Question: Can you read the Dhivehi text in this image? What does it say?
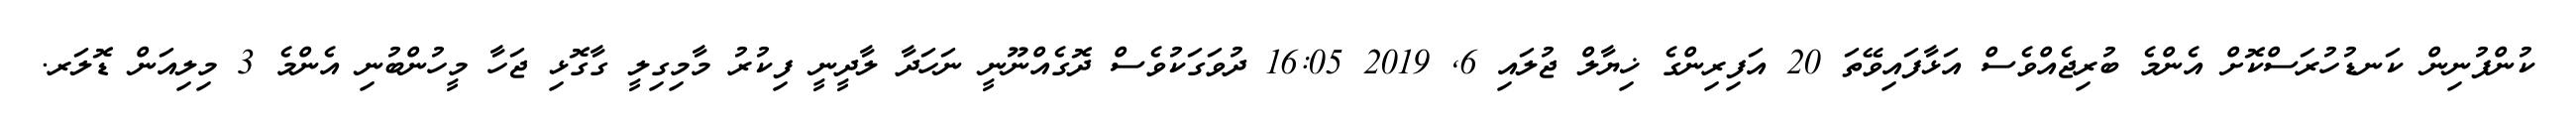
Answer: ކުންފުނިން ކަނޑުހުރަސްކޮށް އެންމެ ބުރިޖެއްވެސް އަޅާފައިވޭތަ 20 އަފިރިންގެ ޚިޔާލް ޖުލައި 6, 2019 16:05 ދުވަގަކުވެސް ދޮގެއްނޫނީ ނަހަދާ ލާދީނީ ފިކުރު މާމިގިލީ ގާގޮޅި ޖަހާ މީހުންބުނި އެންމެ 3 މިލިއަން ޑޮލަރ.